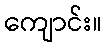
ကျောင်း။